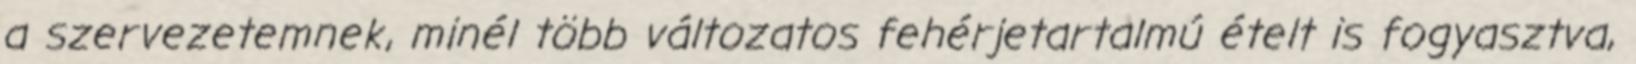
a szervezetemnek, minél több változatos fehérjetartalmú ételt is fogyasztva,